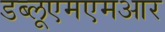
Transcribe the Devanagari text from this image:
डब्लूएमएमआर